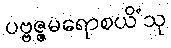
ပဗ္ဗဇ္ဇမရောစယိံသု